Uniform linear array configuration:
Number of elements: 48
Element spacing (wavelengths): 1
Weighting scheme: uniform
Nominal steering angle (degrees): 0
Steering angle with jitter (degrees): -1.665
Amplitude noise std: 0.05
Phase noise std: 0.05

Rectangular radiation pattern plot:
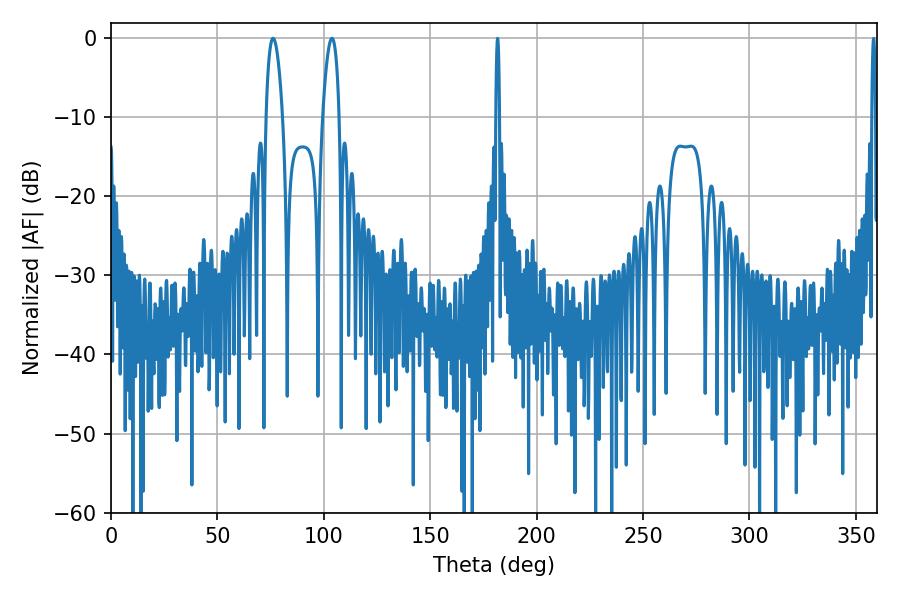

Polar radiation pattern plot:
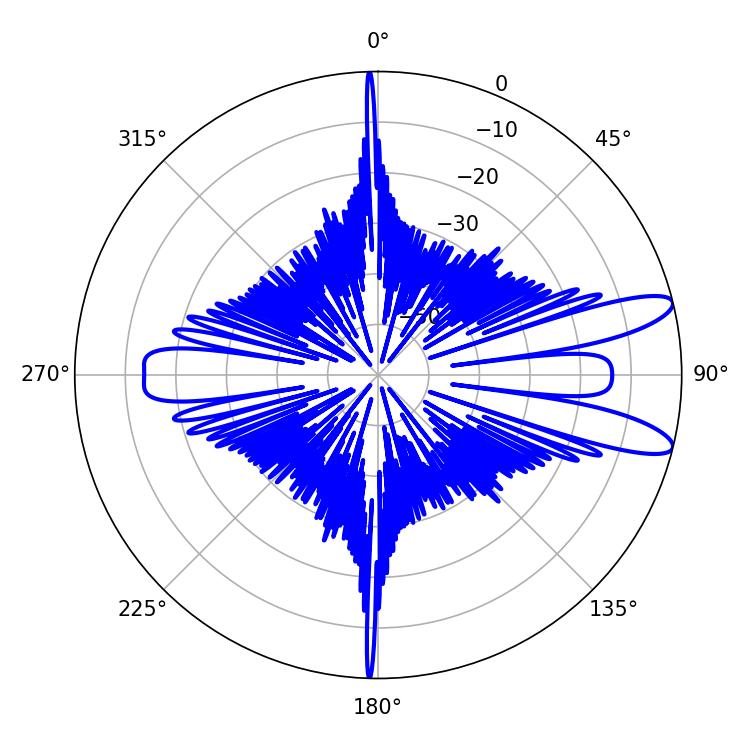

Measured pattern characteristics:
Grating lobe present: TRUE
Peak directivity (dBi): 11.077
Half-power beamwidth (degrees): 4.32
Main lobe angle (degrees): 76.14